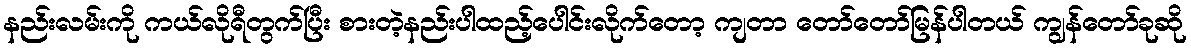
နည်းလမ်းကို ကယ်လိုရီတွက်ပြီး စားတဲ့နည်းပါထည့်ပေါင်းလိုက်တော့ ကျတာ တော်တော်မြန်ပါတယ် ကျွန်တော်ခုဆို